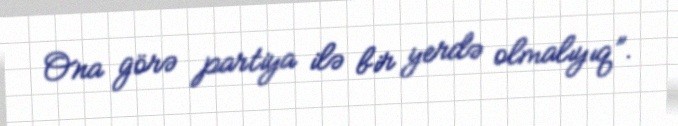
Ona görə partiya ilə bir yerdə olmalıyıq”.